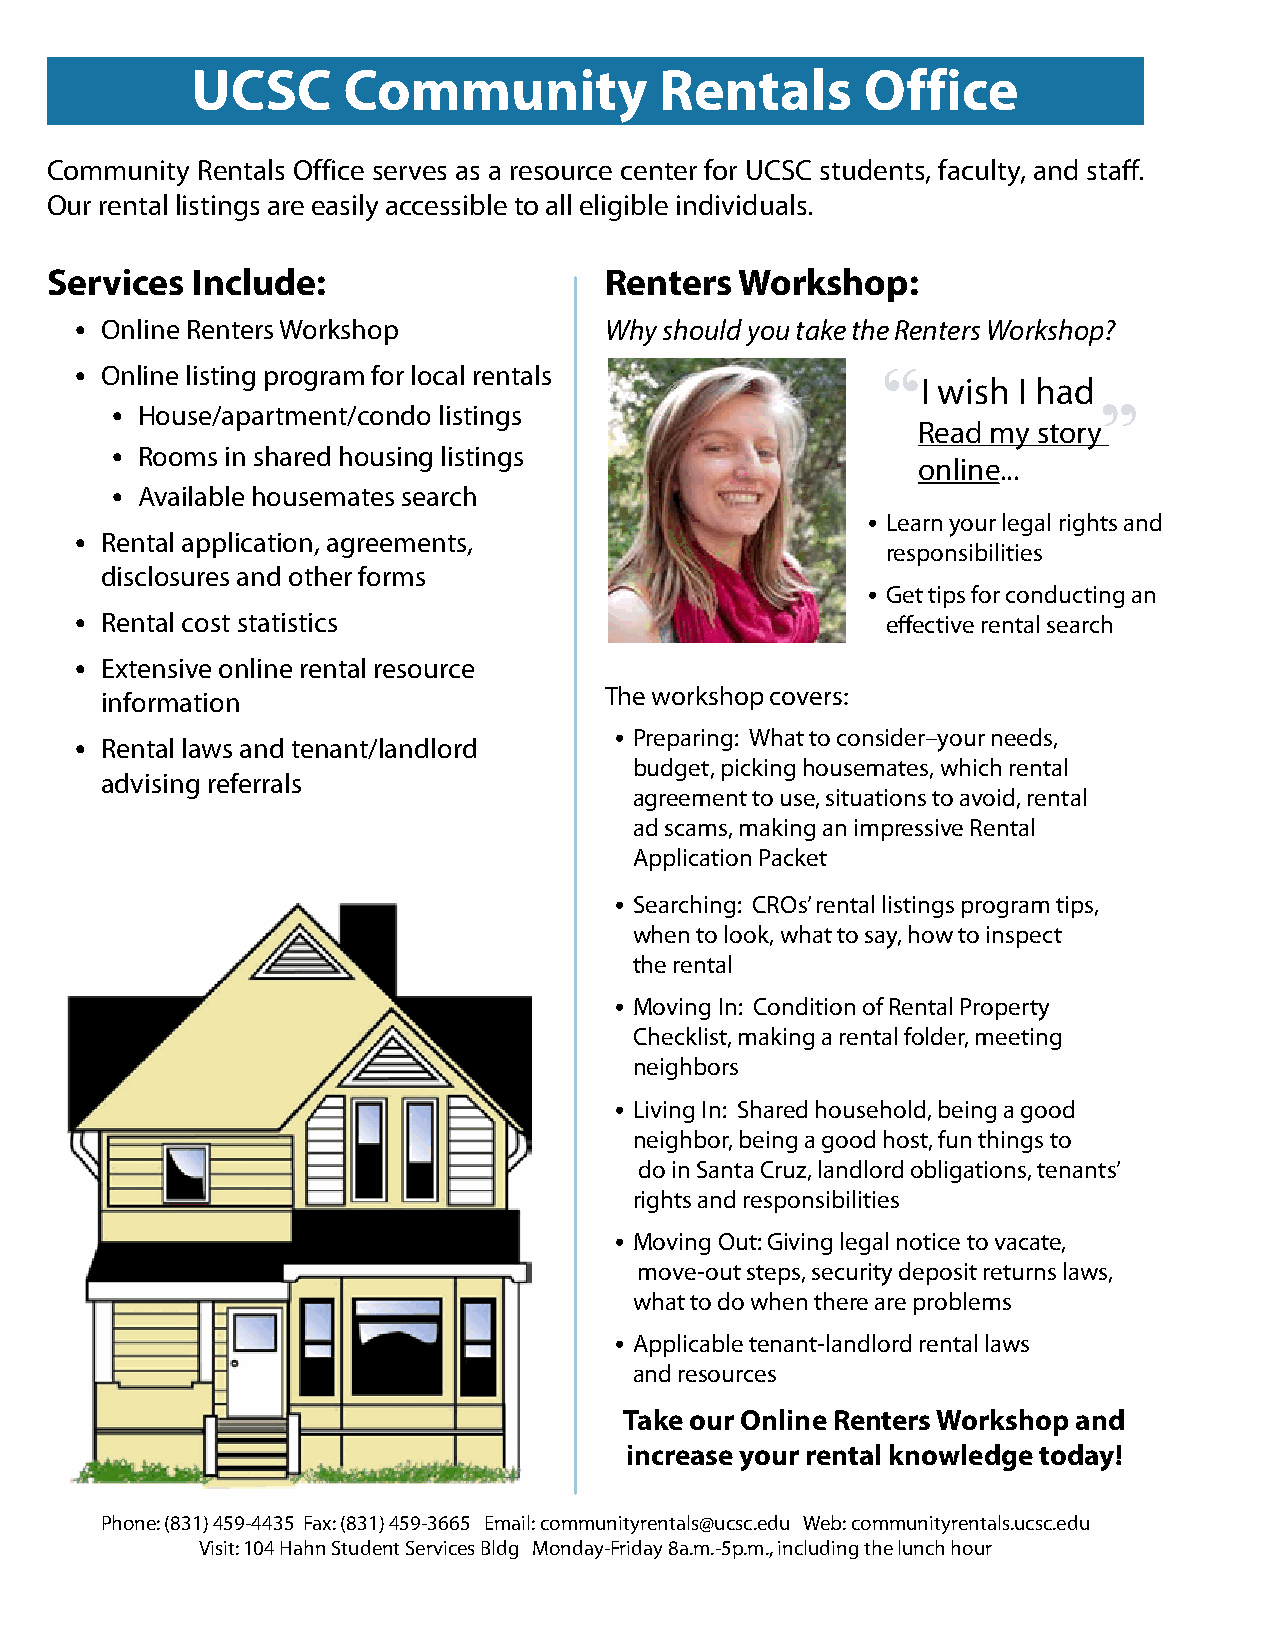
UCSC      Community            Rentals      Office
 Community Rentals Office serves as a resource center for UCSC students, faculty, and staff.
 Our rental listings are easily accessible to all eligible individuals.
 Services  Include:                   Renters  Workshop:
 • Online Renters Workshop          Why should you take the Renters Workshop?
 • Online listing program for local rentals
 I wish I had
 • House/apartment/condo listings
 Read my story
 • Rooms in shared housing listings
 online...
 • Available housemates search
 • Learn your legal rights and
 • Rental application, agreements,
 responsibilities
 disclosures and other forms
 • Get tips for conducting an
 • Rental cost statistics                              effective rental search
 • Extensive online rental resource
 information                      The workshop covers:
 • Preparing: What to consider–your needs,
 • Rental laws and tenant/landlord
 budget, picking housemates, which rental
 advising referrals
 agreement to use, situations to avoid, rental
 ad scams, making an impressive Rental
 Application Packet
 • Searching: CROs’ rental listings program tips,
 when to look, what to say, how to inspect
 the rental
 • Moving In: Condition of Rental Property
 Checklist, making a rental folder, meeting
 neighbors
 • Living In: Shared household, being a good
 neighbor, being a good host, fun things to
 do in Santa Cruz, landlord obligations, tenants’
 rights and responsibilities
 • Moving Out: Giving legal notice to vacate,
 move-out steps, security deposit returns laws,
 what to do when there are problems
 • Applicable tenant-landlord rental laws
 and resources
 Take our Online Renters Workshop and
 increase your rental knowledge today!
 Phone: (831) 459-4435 Fax: (831) 459-3665 Email: communityrentals@ucsc.edu Web: communityrentals.ucsc.edu
 Visit: 104 Hahn Student Services Bldg Monday-Friday 8a.m.-5p.m., including the lunch hour
 2